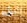
ابقه